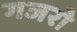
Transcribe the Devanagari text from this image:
गजरो